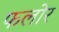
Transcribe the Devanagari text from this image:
फलोर